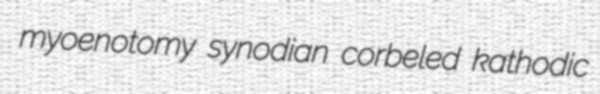
myoenotomy synodian corbeled kathodic